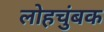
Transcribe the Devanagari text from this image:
लोहचुंबक